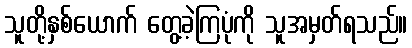
သူတို့နှစ်ယောက် တွေ့ခဲ့ကြပုံကို သူအမှတ်ရသည်။